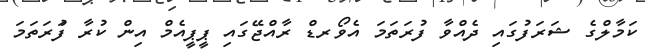
ކަމާލްގެ ޝަރަފުގައި ދެއްވާ ފުރަތަމަ އެވޯރޑް ރާއްޖޭގައި ޕީޕީއެމް އިން ކުރާ ފުަރަތަމަ